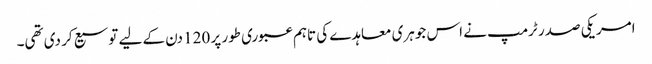
امریکی صدر ٹرمپ نے اس جوہری معاہدے کی تاہم عبوری طور پر 120 دن کے لیے توسیع کر دی تھی۔